Senior Leaving Certificate Examination (including Day School Certificate (Higher) General paper), 1947
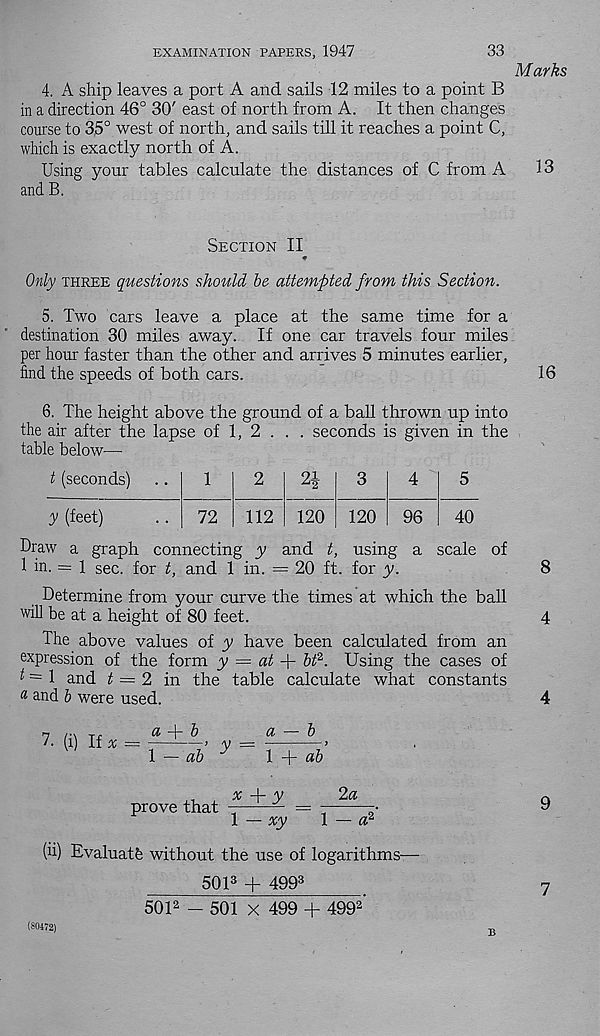
EXAMINATION PAPERS, 1947
33
4. A ship leaves a port A and sails 12 miles to a point B
in a direction 46° 30' east of north from A. It then changes
course to 35° west of north, and sails till it reaches a point C,
which is exactly north of A.
Using your tables calculate the distances of C from A
and B.
Section II
Only three questions should be attempted from this Section.
5. Two cars leave a place at the same time for a
destination 30 miles away. If one car travels four miles
per hour faster than the other and arrives 5 minutes earlier,
find the speeds of both cars.
6. The height above the ground of a ball thrown up into
the air after the lapse of 1, 2 . . . seconds is given in the
table below—
t (seconds)
?! ■2
y (feet)
72
112
120
120
96
40
Draw a graph connecting y and t, using a scale of
1 in. = 1 sec. for t, and 1 in. = 20 ft. for y.
Determine from your curve the times at which the ball
will be at a height of 80 feet.
The above values of y have been calculated from an
expression of the form y = at
bt 2 . Using the cases of
^ = 1 and t = 2 in the table calculate what constants
# and b were used.
7. (i) If
a
b
a — b
’ y =
l — ab
prove that
1 +
x -\- y
2a
\ — xy
\ — a 2
(h) Evaluate without the use of logarithms-
501 3 + 499 3
(80472)
501 2 - 501 x 499 + 499 2
Marks
13
16
8
4
4
9
7